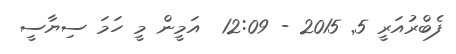
ފެބްރުއަރީ 5